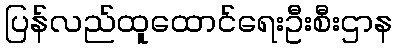
ပြန်လည်ထူထောင်ရေးဦးစီးဌာန